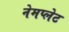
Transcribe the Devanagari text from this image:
नेमप्‍लेट